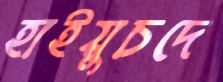
হাইয়ুচদে